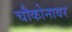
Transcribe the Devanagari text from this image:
चौकोनावर